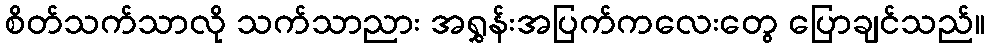
စိတ်သက်သာလို သက်သာညား အရွှန်းအပြက်ကလေးတွေ ပြောချင်သည်။